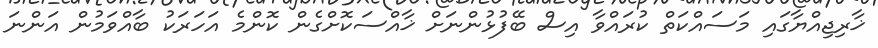
ޚާރިޖިއްޔާގައި މަސައްކަތް ކުރައްވާ އިސް ބޭފުޅުންނަށް ޚާއްސަކޮށްގެން ކޮންމެ އަހަރަކު ބާއްވަމުން އަންނަ